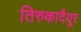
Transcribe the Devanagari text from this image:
तिरुकादैयूर